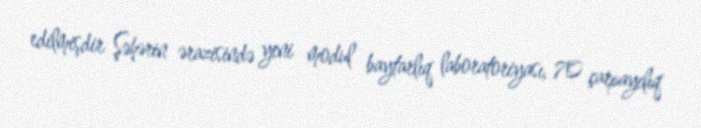
edilmişdir Şəhərin ərazisində yeni modul baytarlıq laboratoriyası, 70 çarpayılıq